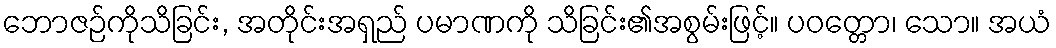
ဘောဇဉ်ကိုသိခြင်း, အတိုင်းအရှည် ပမာဏကို သိခြင်း၏အစွမ်းဖြင့်။ ပဝတ္တော၊ သော။ အယံ